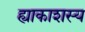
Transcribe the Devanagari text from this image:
ह्याकाशस्य